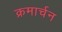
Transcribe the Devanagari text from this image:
क्रमार्चन